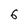
Character: 6